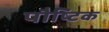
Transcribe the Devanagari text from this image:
पौष्‍िटक